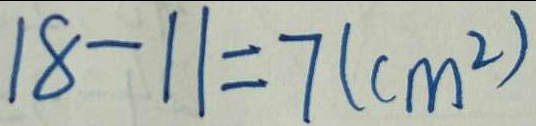
1 8 - 1 1 = 7 ( c m ^ { 2 } )